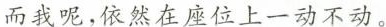
而我呢，依然在座位上一动不动。